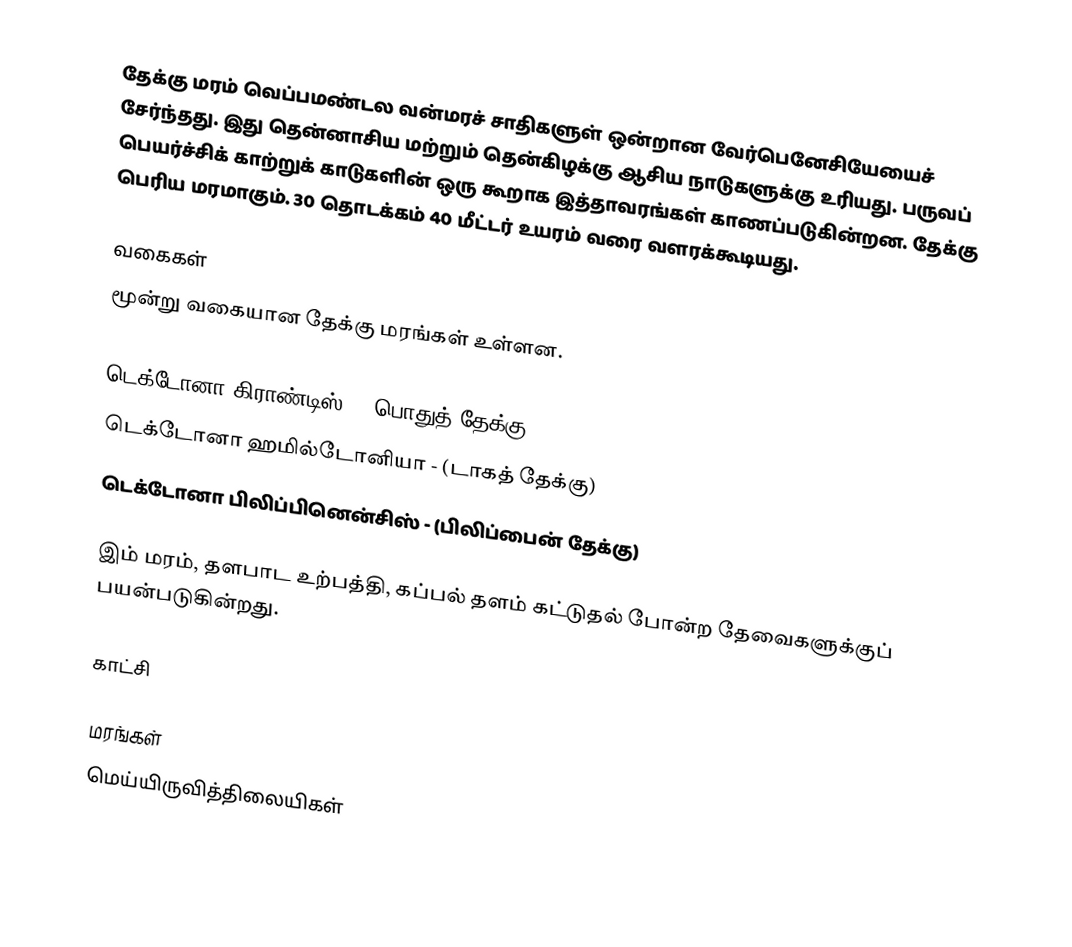
தேக்கு மரம் வெப்பமண்டல வன்மரச் சாதிகளுள் ஒன்றான வேர்பெனேசியேயைச் சேர்ந்தது. இது தென்னாசிய மற்றும் தென்கிழக்கு ஆசிய நாடுகளுக்கு உரியது. பருவப் பெயர்ச்சிக் காற்றுக் காடுகளின் ஒரு கூறாக இத்தாவரங்கள் காணப்படுகின்றன. தேக்கு பெரிய மரமாகும். 30 தொடக்கம் 40 மீட்டர் உயரம் வரை வளரக்கூடியது.

வகைகள்
மூன்று வகையான தேக்கு மரங்கள் உள்ளன.

 டெக்டோனா கிராண்டிஸ் - (பொதுத் தேக்கு)
 டெக்டோனா ஹமில்டோனியா - (டாகத் தேக்கு)
 டெக்டோனா பிலிப்பினென்சிஸ் - (பிலிப்பைன் தேக்கு)

இம் மரம், தளபாட உற்பத்தி, கப்பல் தளம் கட்டுதல் போன்ற தேவைகளுக்குப் பயன்படுகின்றது.

காட்சி

மரங்கள்
மெய்யிருவித்திலையிகள்